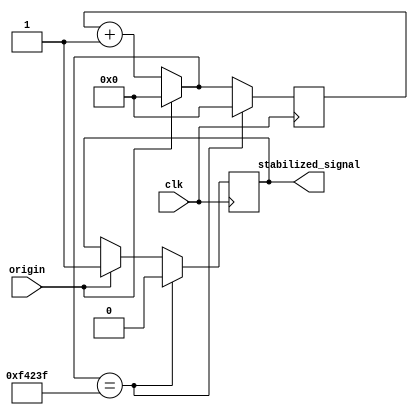
module stabilization(input clk, input origin, output reg stabilized_signal);
reg [31:0] down = 0;
integer times = 100_000_000 / 100;
always @(posedge clk)
begin
    if (origin == 1)
    begin
        stabilized_signal = 1;
        down = 0;
    end
    else
        down = down + 1;
    if (down == times - 1)
    begin
        stabilized_signal = 0;
        down = 0;
    end
end
endmodule